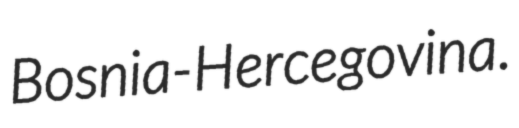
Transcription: Bosnia-Hercegovina.